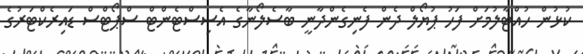
ކުޅުން ހުއްޓާލުމަށް ފަހު ޕުޔޯލް ދެން ފެނިގެންދާނީ ބާސެލޯނާގެ އެސިސްޓެންޓް ސްޕޯޓްސް ޑައިރެކްޓަރުގެ